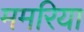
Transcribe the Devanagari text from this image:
ममरिया